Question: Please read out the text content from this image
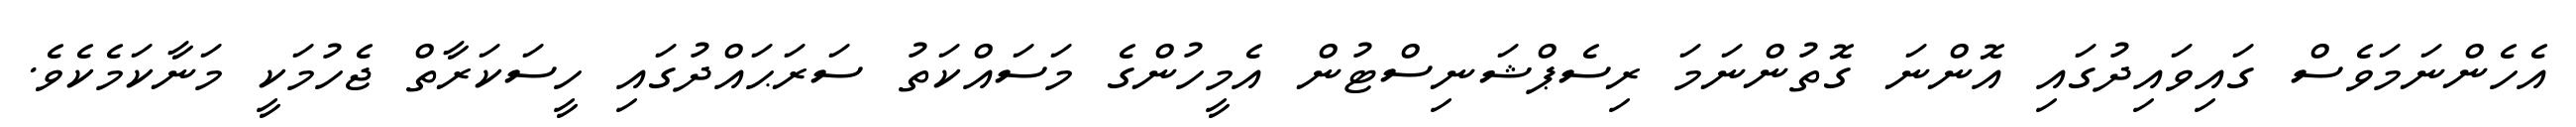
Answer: އެހެންނަމަވެސް ގައިވައިދުގައި އޮންނަ ގޮތުންނަމަ ރިސެޕްޝަނިސްޓުން އެމީހުންގެ މަސައްކަތު ސަރަޙައްދުގައި ހީސަކަރާތް ޖެހުމަކީ މަނާކަމެކެވެ.